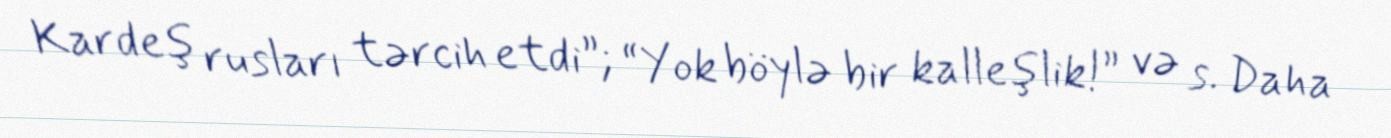
Kardeş rusları tərcih etdi”; “Yok böylə bir kalleşlik!” və s. Daha